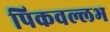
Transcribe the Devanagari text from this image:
पिकवल्लभ